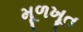
મૂળખૂત